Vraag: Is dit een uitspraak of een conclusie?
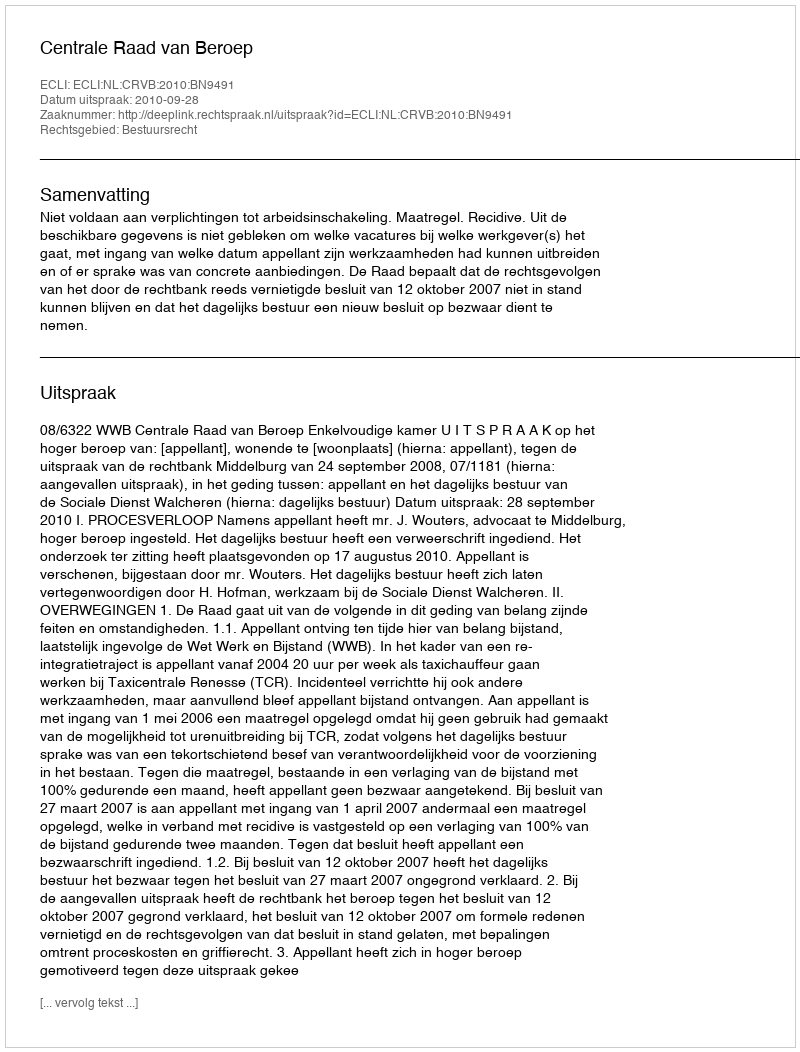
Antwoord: Uitspraak